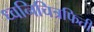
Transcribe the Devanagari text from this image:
ध्वनिचित्रफिती